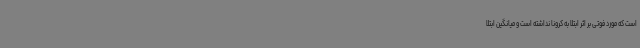
است که مورد فوتی بر اثر ابتلا به کرونا نداشته است و میانگین ابتلا